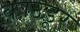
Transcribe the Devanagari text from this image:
काउडूर